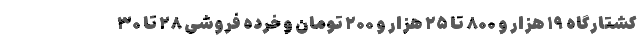
کشتارگاه ۱۹ هزار و ۸۰۰ تا ۲۵ هزار و ۲۰۰ تومان و خرده فروشی ۲۸ تا ۳۰